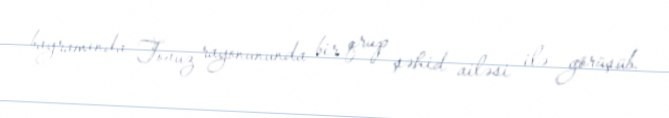
bayramında Tovuz rayonununda bir qrup şəhid ailəsi ilə görüşüb.